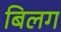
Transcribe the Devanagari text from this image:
बिलग